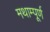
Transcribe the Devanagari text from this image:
मथाम्पूर्ण